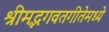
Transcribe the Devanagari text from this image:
श्रीमद्भगवतगीतेमध्ये